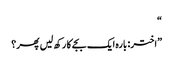
“
”اختر: بارہ ایک بجے کا رکھ لیں پھر؟